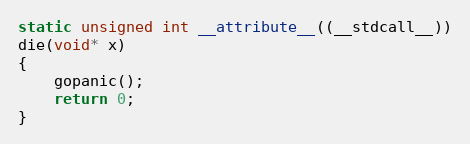
Language: C
static unsigned int __attribute__((__stdcall__))
die(void* x)
{
	gopanic();
	return 0;
}